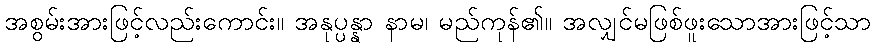
အစွမ်းအားဖြင့်လည်းကောင်း။ အနုပ္ပန္နာ နာမ၊ မည်ကုန်၏။ အလျှင်မဖြစ်ဖူးသောအားဖြင့်သာ